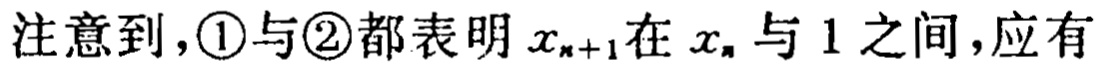
注意到，\textcircled{1}与\textcircled{2}都表明 \(x_{n + 1}\) 在 \(x_{n}\) 与 \(1\) 之间，应有